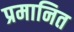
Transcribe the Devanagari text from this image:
प्रमानित